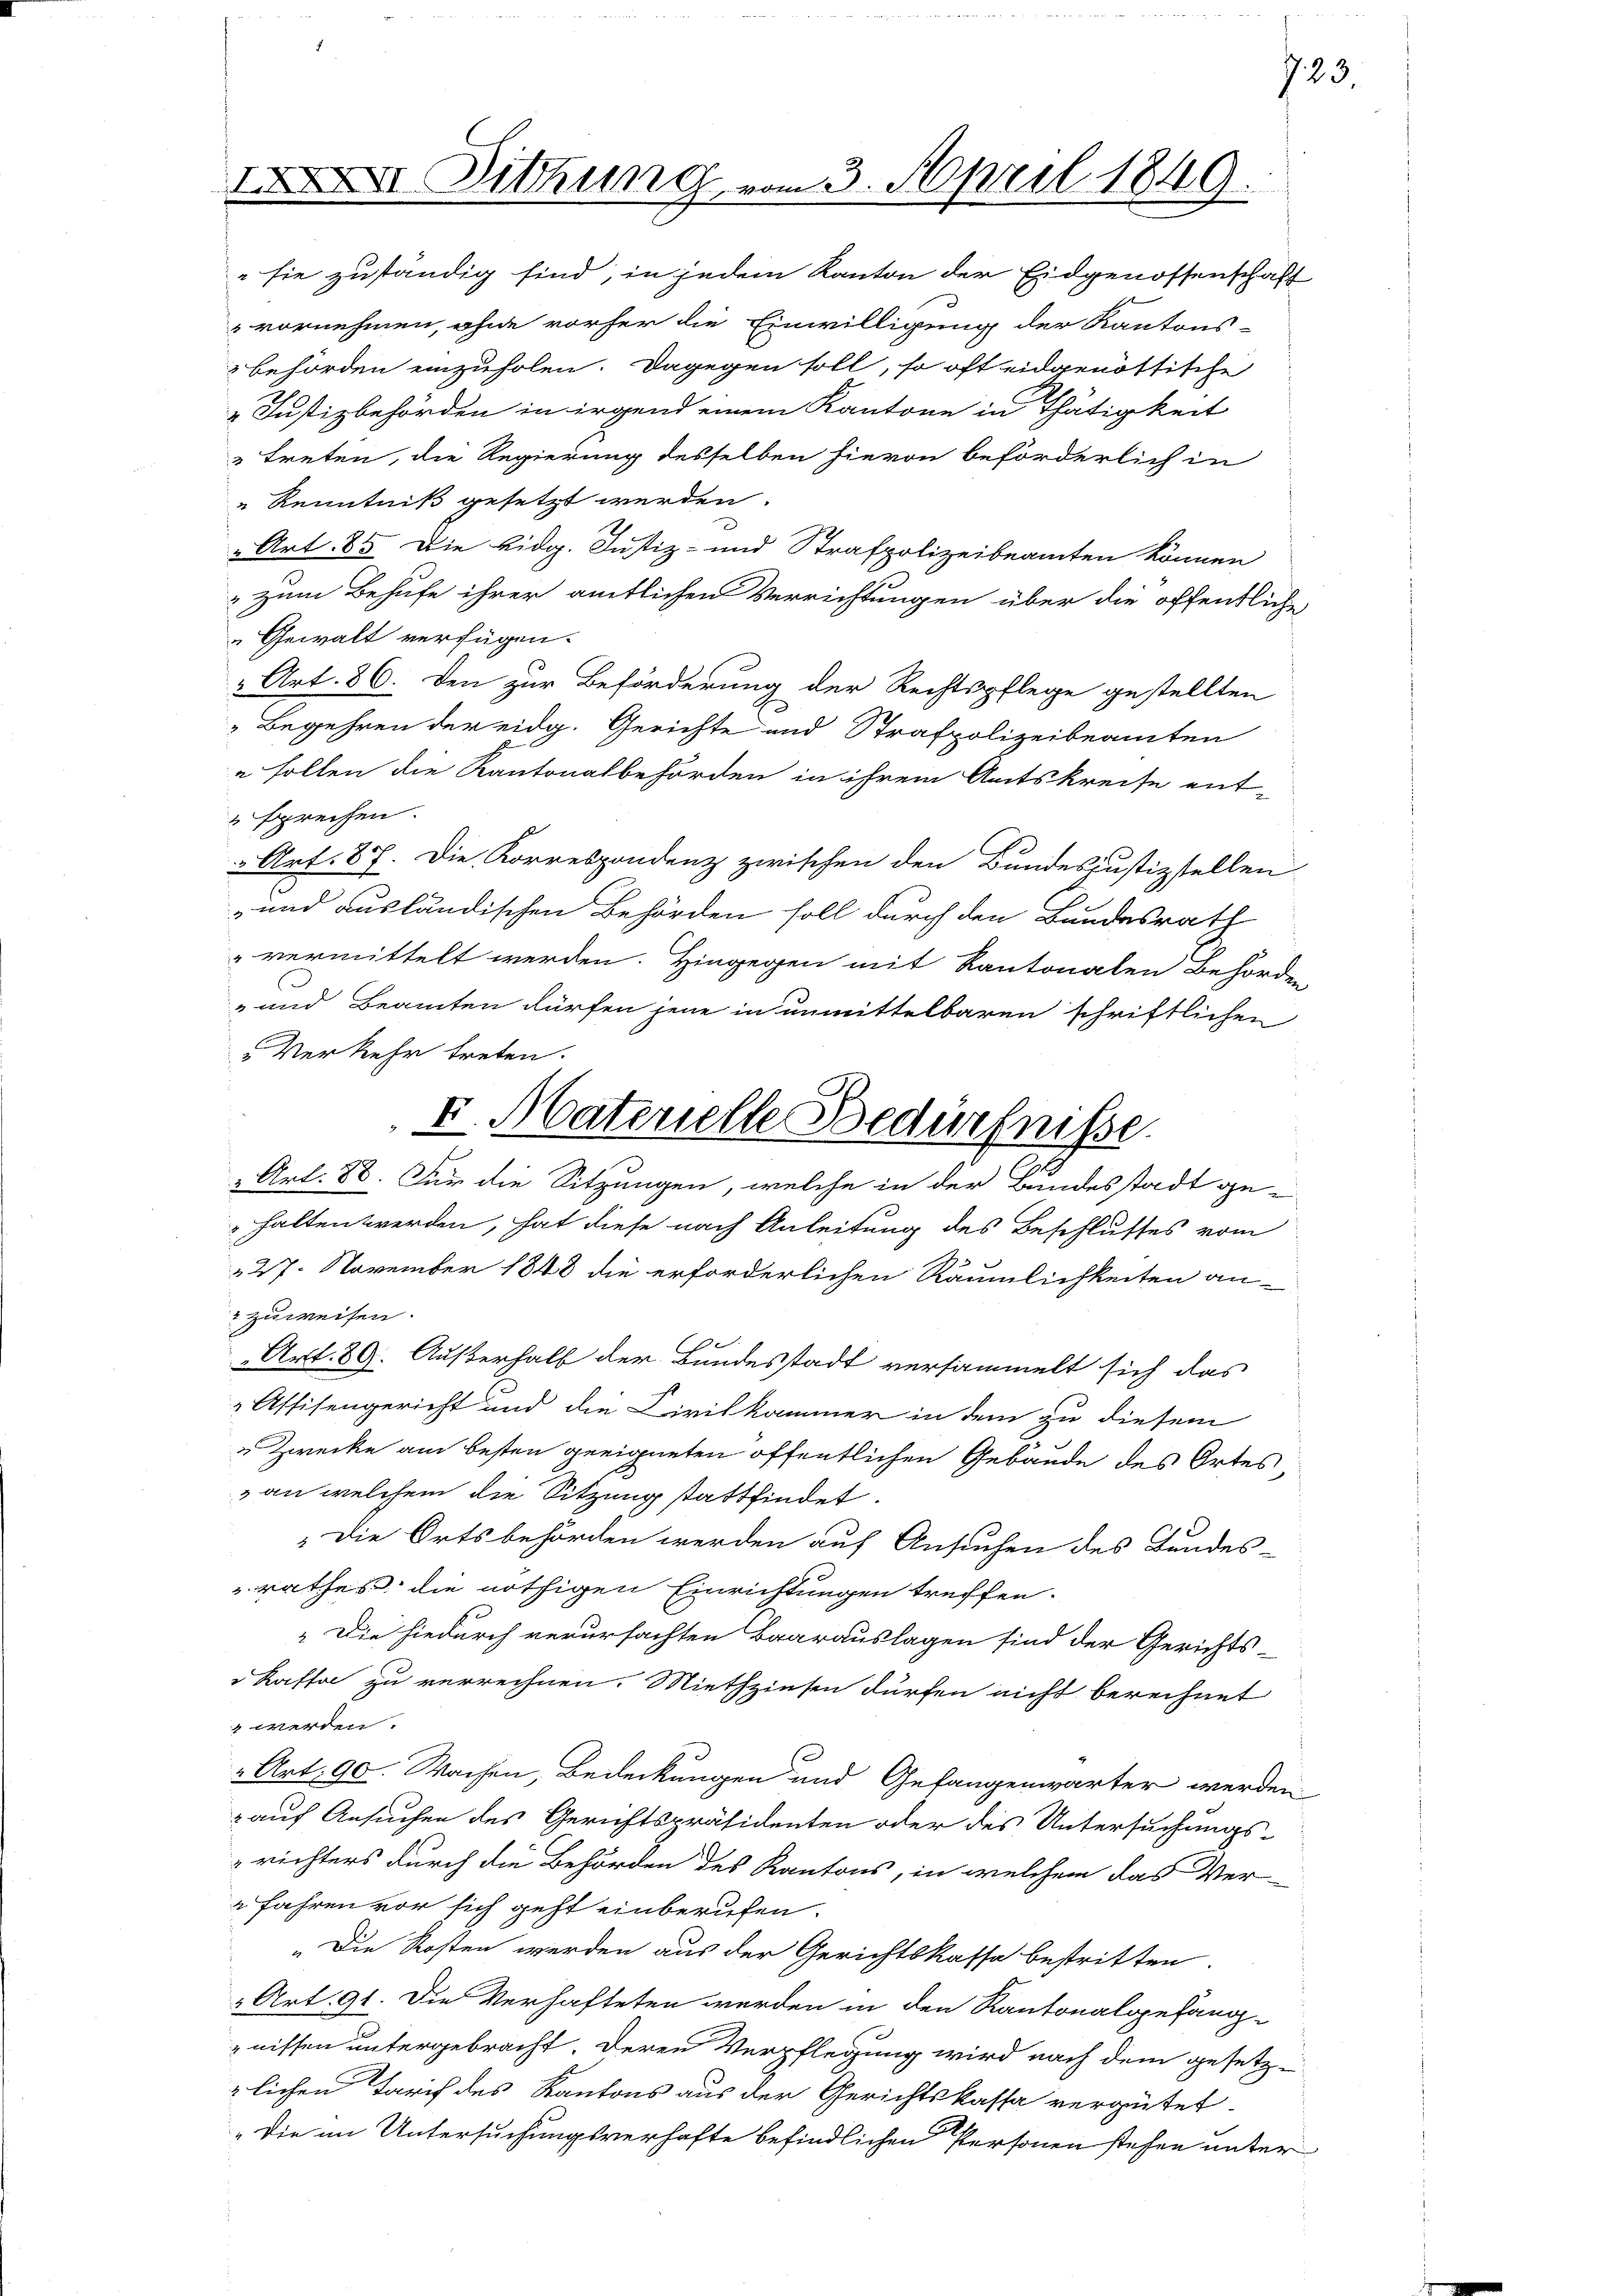
15. Sitzung vom 3. April 1849.

e sie zuständig sind, in jedem Kanton der Eidgenossenschaft
vornehmen, ohne vorher die Einwilligung der Kantons-
behörden einzuholen. Dagegen soll, so oft eidgenöttische
„ Justizbehörden in irgend einem Kantone in Thätigkeit
 treten, die Regierung desselben hievon beförderlich in
e Kenntniß gesetzt werden.
" Art. 85. Die Eidg. Justiz- und Strafpolizeibeamten können
zum Behufe ihrer amtlichen Verrichtungen über die öffentlich
Gewalt verfügen.
 Art. 86. Den zur Beförderung der Rechtspflege gestellten
Begehren der eidg. Gerichte und Strafpolizeibeamten
" Follen die Kantonalbehörden in ihrem Amtskreise ent-
 sprechen.
" Art. 87. Die Korrespondenz zwischen den Bundes justizstellen
und ausländischen Behörden soll durch den Bundesrath
" vermittelt werden. Hingegen mit Kantonalen Behörden
- und Beamten dürfen jene in unmittelbaren schriftlichen
Verkehr treten.
halten werden, hat diese nach Anleitung des Beschlusses vom
227. November 1848 die erforderlichen Räumlichkeiten an-
 zuweisen.
Art. 89. Außerhalb der Bundesstadt versammelt sich das
Affisengericht und die Civilkammer in dem zu diesem
 Zwecke am besten geeigneten öffentlichen Gebäude des Ortes
» an welchem die Sitzung stattfindet.
Die Ortsbehörden werden auf Ansuchen des Bundes-
rathes, die nöthigen Einrichtungen treffen.
" Die hiedurch verursachten Baarauslagen sind der Gerichts-
Kaffel zu verrechnen. Miethzinsen dürfen nicht berechnet
 werden.
" Art. 90. Wochen, Bedeckungen und Gefangenwärter werden
 auf Ansuchen des Gerichtspräsidenten oder des Untersuchungs-
richters durch die Behörden des Kantons, in welchem das Ver-
 Jahren vor sich geht einberufen.
„Die Kosten werden aus der Gerichtskasse bestritten.
Art. 91. Die Verhafteten werden in den Kantonalgefang-
nissen untergebracht. Deren Verpflegung wird nach dem gesetz-
zlichen Tarif des Kantons aus der Gerichtskassa vergütet.
„die im Untersuchungsverhafte befindlichen Personen stehen unter

I. Materielle Bedürfnisse.
Art. 88. Für die Sitzungen, welche in der Bundesstadt ge-

723